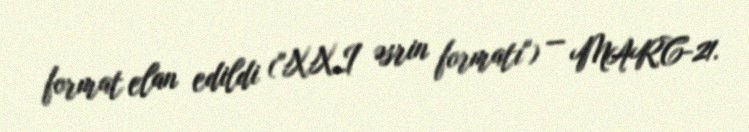
format elan edildi ("XXI əsrin formatı") — MARC-21.